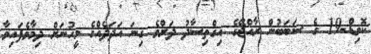
ކޮވިޑް-19 ގެ ސަބަބުން ރާއްޖޭގެ އިގްތިސާދު ދަށްވެ ގިނަ އަދަދެއްގެ މީހުނަށް ދިމާވެފައިވާ